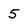
Character: 5